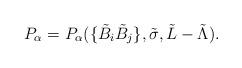
LaTeX: \begin{align*}P_{{\alpha}}=P_{{\alpha}}(\{\tilde B_i\tilde B_j\},\tilde{\sigma},\tilde L-\tilde{\Lambda}). \end{align*}